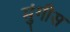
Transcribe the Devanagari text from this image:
मुंगीस